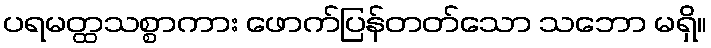
ပရမတ္ထသစ္စာကား ဖောက်ပြန်တတ်သော သဘော မရှိ။